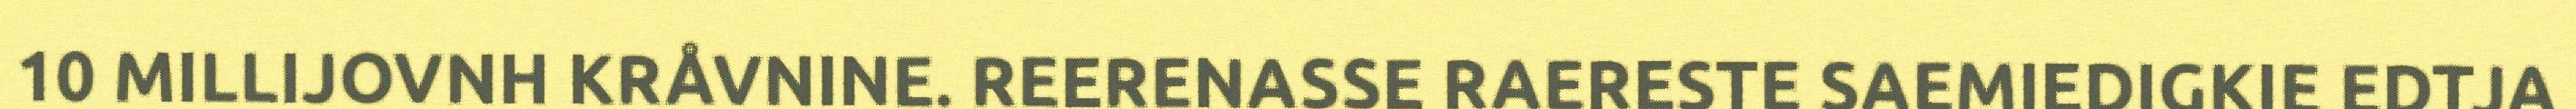
10 MILLIJOVNH KRÅVNINE. REERENASSE RAERESTE SAEMIEDIGKIE EDTJA